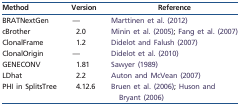
<table><thead><tr><td><b>Method</b></td><td><b>Version</b></td><td><b>Reference</b></td></tr></thead><tbody><tr><td>BRATNextGen</td><td>—</td><td>Marttinen et al. (2012)</td></tr><tr><td>cBrother</td><td>2.0</td><td>Minin et al. (2005); Fang et al. (2007)</td></tr><tr><td>ClonalFrame</td><td>1.2</td><td>Didelot and Falush (2007)</td></tr><tr><td>ClonalOrigin</td><td>—</td><td>Didelot et al. (2010)</td></tr><tr><td>GENECONV</td><td>1.81</td><td>Sawyer (1989)</td></tr><tr><td>LDhat</td><td>2.2</td><td>Auton and McVean (2007)</td></tr><tr><td>PHI in SplitsTree</td><td>4.12.6</td><td>Bruen et al. (2006); Huson and Bryant (2006)</td></tr></tbody></table>